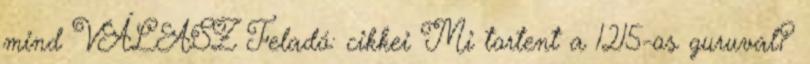
mind VÁLASZ Feladó: cikkei Mi tortent a 1215-os guruval?